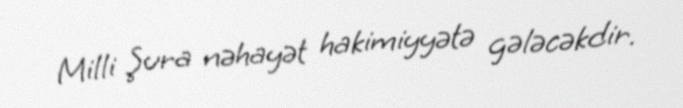
Milli Şura nəhayət hakimiyyətə gələcəkdir.